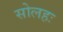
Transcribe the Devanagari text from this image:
सोलहः